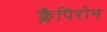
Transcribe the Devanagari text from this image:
क्लैपिरोन